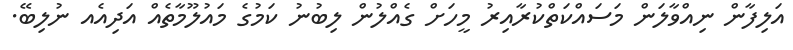
އަލިފާން ނިއްވާލަން މަސައްކަތްކުރާއިރު މީހަށް ގެއްލުން ލިބުނު ކަމުގެ މައުލޫމާތެއް އަދިއެއ ނުލިބޭ.